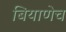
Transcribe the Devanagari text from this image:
बियाणेच